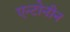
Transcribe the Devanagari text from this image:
एन्टोनीन